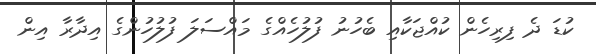
ކުޑަ ދެ ފިރިހެން ކުއްޖަކާއި ބެހުނު ފުލުހެއްގެ މައްސަލަ ފުލުހުންގެ އިދާރާ އިން